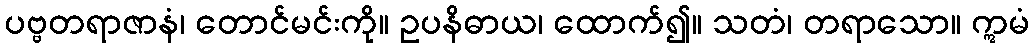
ပဗ္ဗတရာဇာနံ၊ တောင်မင်းကို။ ဥပနိဓာယ၊ ထောက်၍။ သတံ၊ တရာသော။ ဣမံ